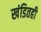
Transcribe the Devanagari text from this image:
खंडितही